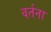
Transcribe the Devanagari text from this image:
वर्तना